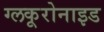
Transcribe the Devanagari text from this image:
ग्लकूरोनाइड